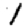
Digit: 1